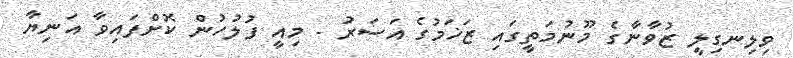
ވިލިނގިލީ ޒުވާނާގެ މޫނުމަތީގައި ޒަޚަމުގެ އަސަރު - މިއީ ފުލުހުން ކޮށްފައިވާ އަނިޔާ